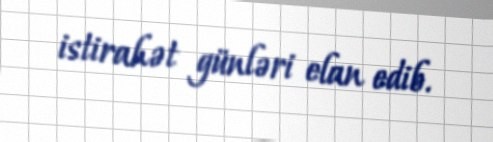
istirahət günləri elan edib.